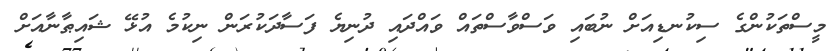
މީސްތަކުންގެ ސިކުނޑިއަށް ނުބައި ވަސްވާސްތައް ވައްދައި ދުނިޔެ ފަސާދަކުރަން ނިކުމެ އުޅޭ ޝައިޠާނާއަށް